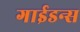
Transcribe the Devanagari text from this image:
गाईडन्स